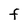
Character: F